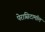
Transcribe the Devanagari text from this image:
पेरासिटामॉल